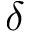
\delta